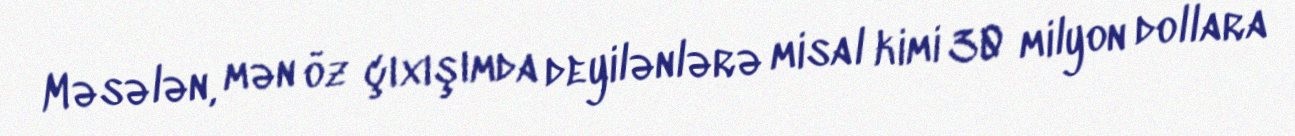
Məsələn, mən öz çıxışımda deyilənlərə misal kimi 30 milyon dollara